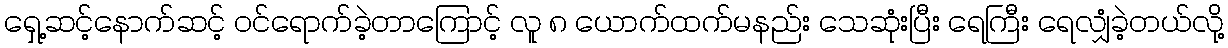
ရှေ့ဆင့်နောက်ဆင့် ဝင်ရောက်ခဲ့တာကြောင့် လူ ၈ ယောက်ထက်မနည်း သေဆုံးပြီး ရေကြီး ရေလျှံခဲ့တယ်လို့